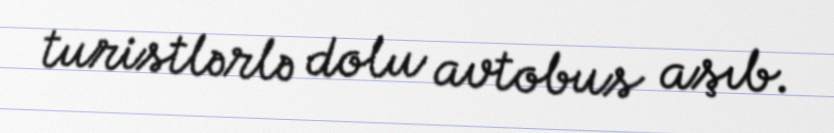
turistlərlə dolu avtobus aşıb.